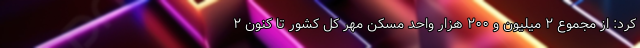
کرد: از مجموع ۲ میلیون و ۲۰۰ هزار واحد مسکن مهر کل کشور تا کنون ۲